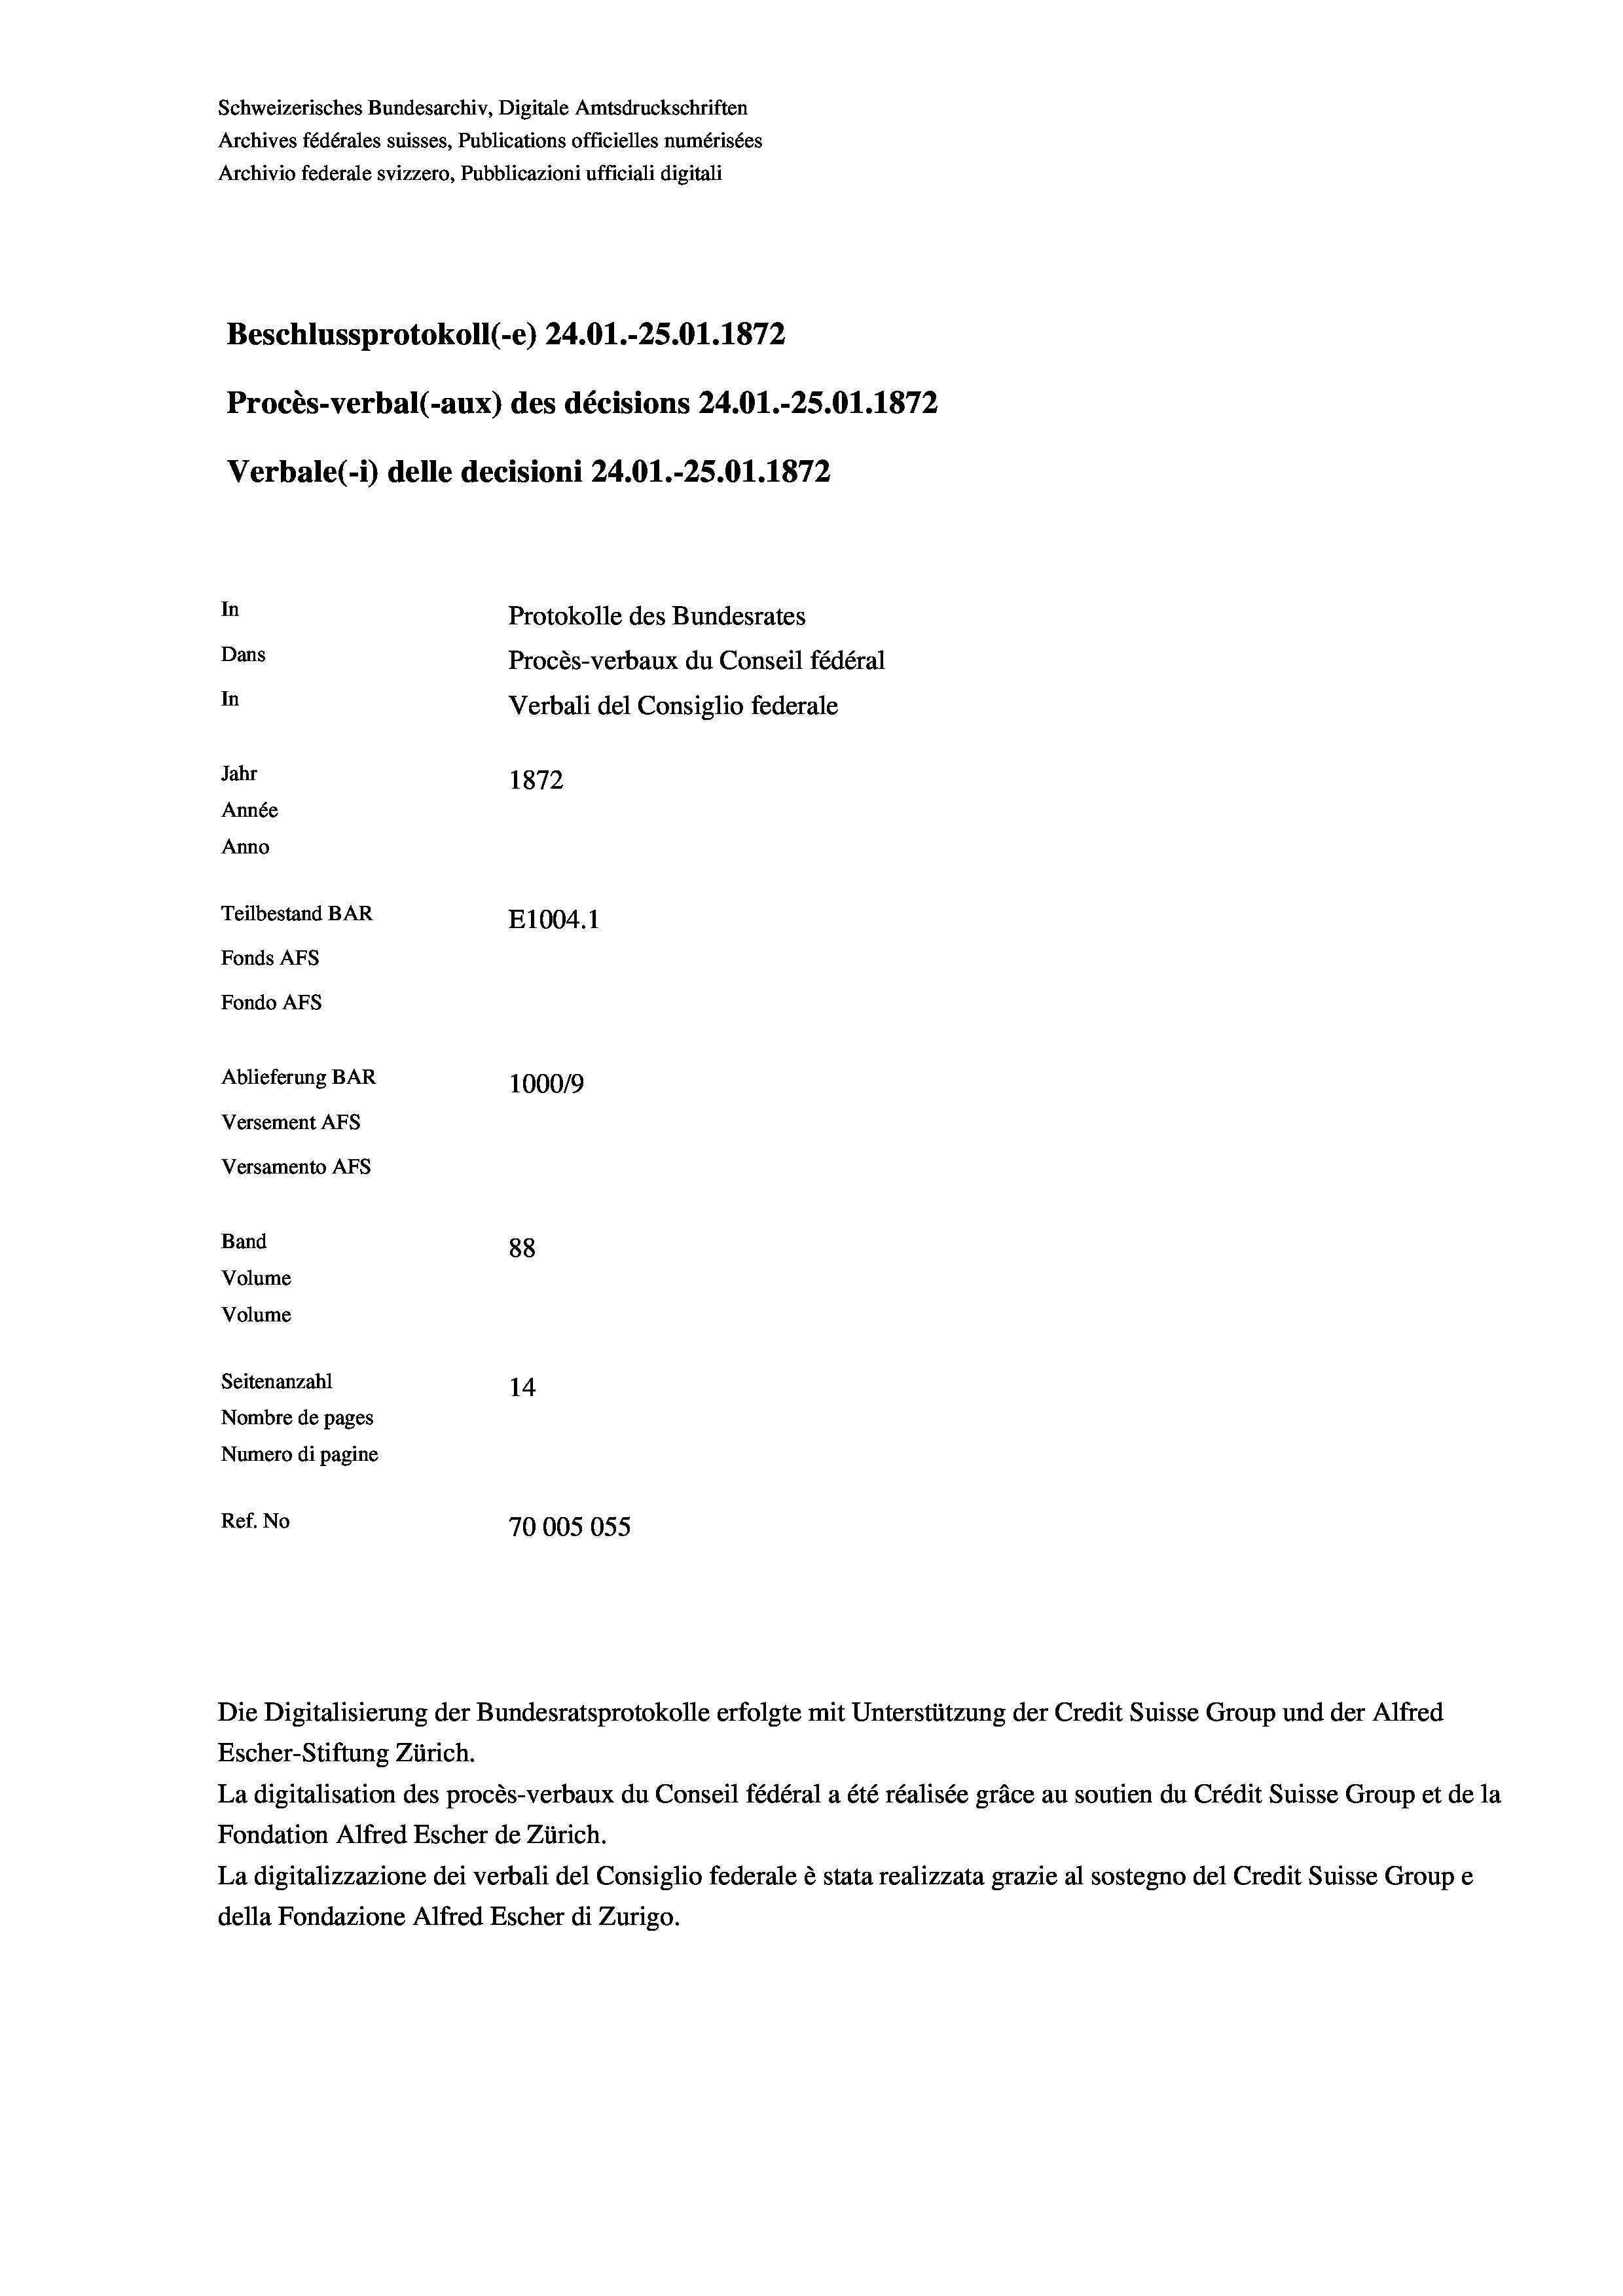
Schweizerisches Bundesarchiv, Digitale Amtsdruckschriften
Archives fédérales suisses, Publications officielles numérisées
Archivio federale svizzero, Pubblicazioni ufficiali digitali
Beschlussprotokoll (-e) 24.01.-25.01. 1872
Procès-verbal (-aux) des décisions 24.01.-25.01. 1872
Verbale (- 1) delle decisioni 24.01.-25.01. 1872
In
Protokolle des Bundesrates
Dans
Procès-verbaux du Conseil fédéral
In
Verbali del Consiglio federale
Jahr
1872
Année
Anno
Teilbestand BAR
E1004. 1
Fonds AFs
Fondo AFS
Ablieferung BAR
100019
Versement AFs
Versamento AFs
Band
88
Volume
Volume
Seitenanzahl
14
Nombre de pages
Numero di pagine
Ref. No
70005055

Die Digitalisierung der Bundesratsprotokolle erfolgte mit Unterstützung der Credit Suisse Group und der Alfred
Escher-Stiftung Zürich.
La digitalisation des procès-verbaux du Conseil fédéral a été réalisée gräce au soutien du Crédit Suisse Group et de la
Fondation Alfred Escher de Zürich.
La digitalizzazione dei verbali del Consiglio federale è stata realizzata grazie al sostegno del Credit Suisse Groupe
della Fondazione Alfred Escher di Zurigo.